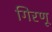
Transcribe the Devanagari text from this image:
गिरणू